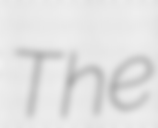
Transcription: The